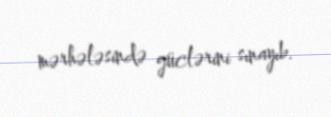
mərhələsində güclərini sınayıb.